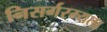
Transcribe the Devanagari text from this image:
निसर्गरम्यता